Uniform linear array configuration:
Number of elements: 8
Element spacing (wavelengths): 1
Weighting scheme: blackman
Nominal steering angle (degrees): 15
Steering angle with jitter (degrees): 13.048
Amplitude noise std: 0.05
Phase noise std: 0.05

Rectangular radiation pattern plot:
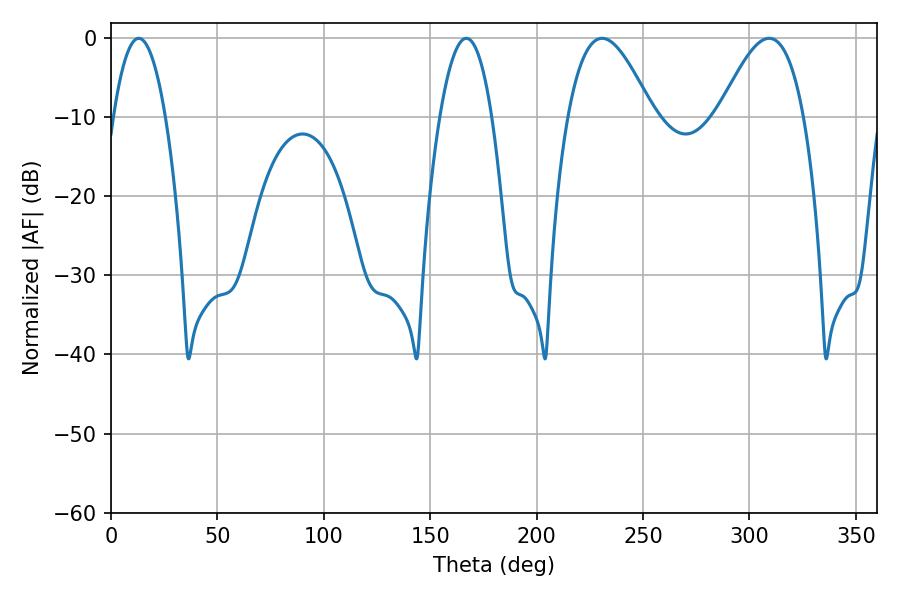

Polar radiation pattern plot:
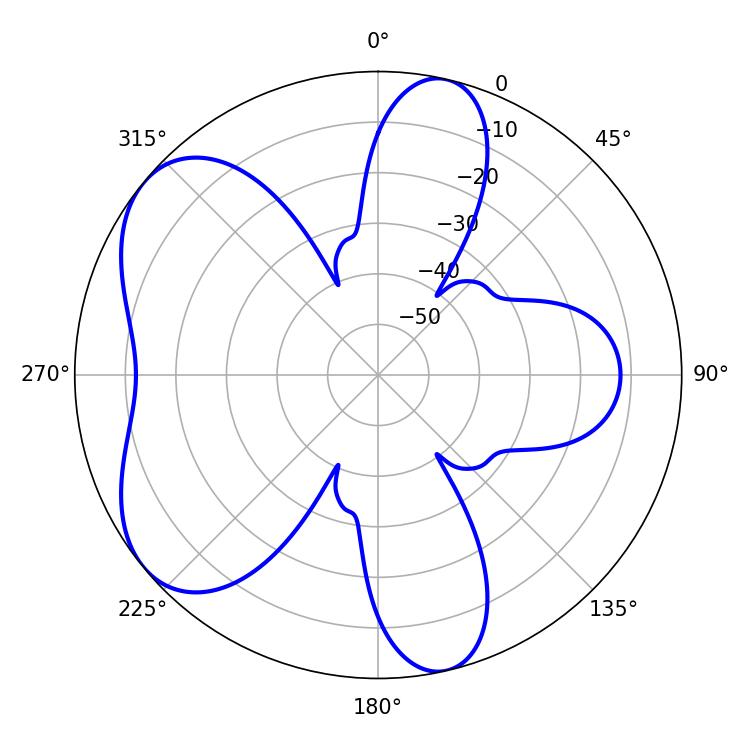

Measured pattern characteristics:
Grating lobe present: TRUE
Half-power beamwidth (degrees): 21.6
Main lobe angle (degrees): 230.76